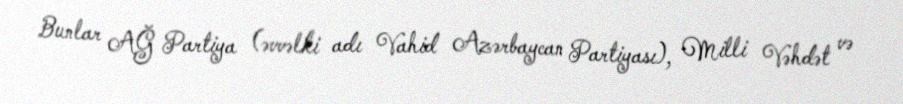
Bunlar AĞ Partiya (əvvəlki adı Vahid Azərbaycan Partiyası), Milli Vəhdət və